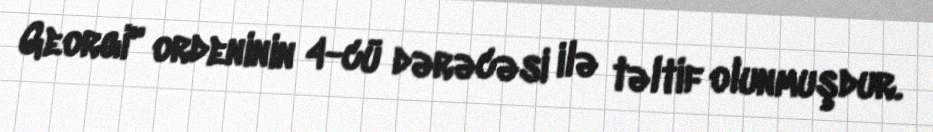
Georgi" ordeninin 4-cü dərəcəsi ilə təltif olunmuşdur.